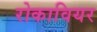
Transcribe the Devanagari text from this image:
रोकावियर